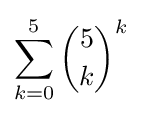
\sum _{k=0}^{5}{\binom {5}{k}}^{k}